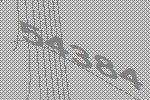
54384